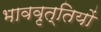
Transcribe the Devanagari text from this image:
भाववृत्तियों